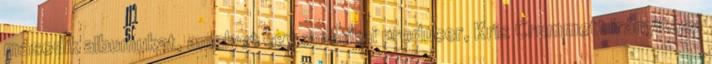
második albumukat, amelyet egy amerikai producer, Kris Crummett irányítása